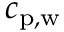
c _ { \mathrm { p , w } }